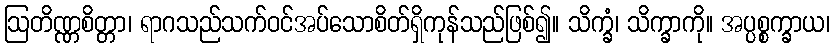
ဩတိဏ္ဏစိတ္တာ၊ ရာဂသည်သက်ဝင်အပ်သောစိတ်ရှိကုန်သည်ဖြစ်၍။ သိက္ခံ၊ သိက္ခာကို။ အပ္ပစ္စက္ခာယ၊